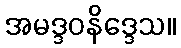
အမဒ္ဒဝနိဒ္ဒေသ။